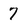
Character: 7